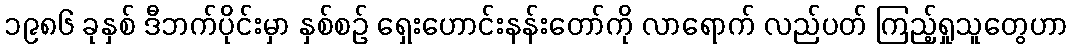
၁၉၈၆ ခုနှစ် ဒီဘက်ပိုင်းမှာ နှစ်စဉ် ရှေးဟောင်းနန်းတော်ကို လာရောက် လည်ပတ် ကြည့်ရှုသူတွေဟာ